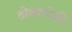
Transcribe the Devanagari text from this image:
ठोकाठोकी